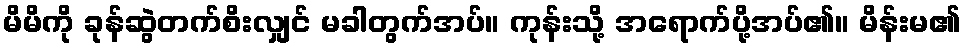
မိမိကို ခုန်ဆွဲတက်စိးလျှင် မခါတွက်အပ်။ ကုန်းသို့ အရောက်ပို့အပ်၏။ မိန်းမ၏